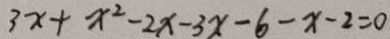
3 x + x ^ { 2 } - 2 x - 3 x - 6 - x - 2 = 0